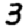
Digit: 3